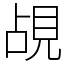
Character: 覘